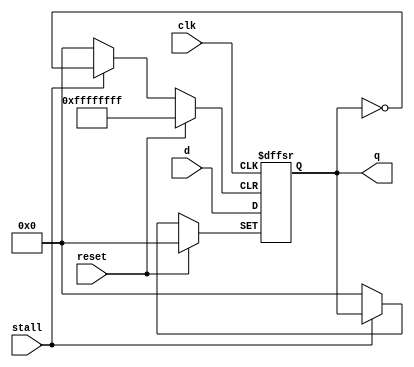
//asyn_reset_flip_flop
module pc_flip #(parameter WIDTH = 32)
              (input clk, reset,stall,
               input [WIDTH-1:0] d, 
               output reg [WIDTH-1:0] q);

  always@(posedge clk, posedge reset, posedge stall)
  begin
    if (reset)
      q <= 0;
    else if (stall)
      q <= q;
    else
      q <= d;
	end
endmodule